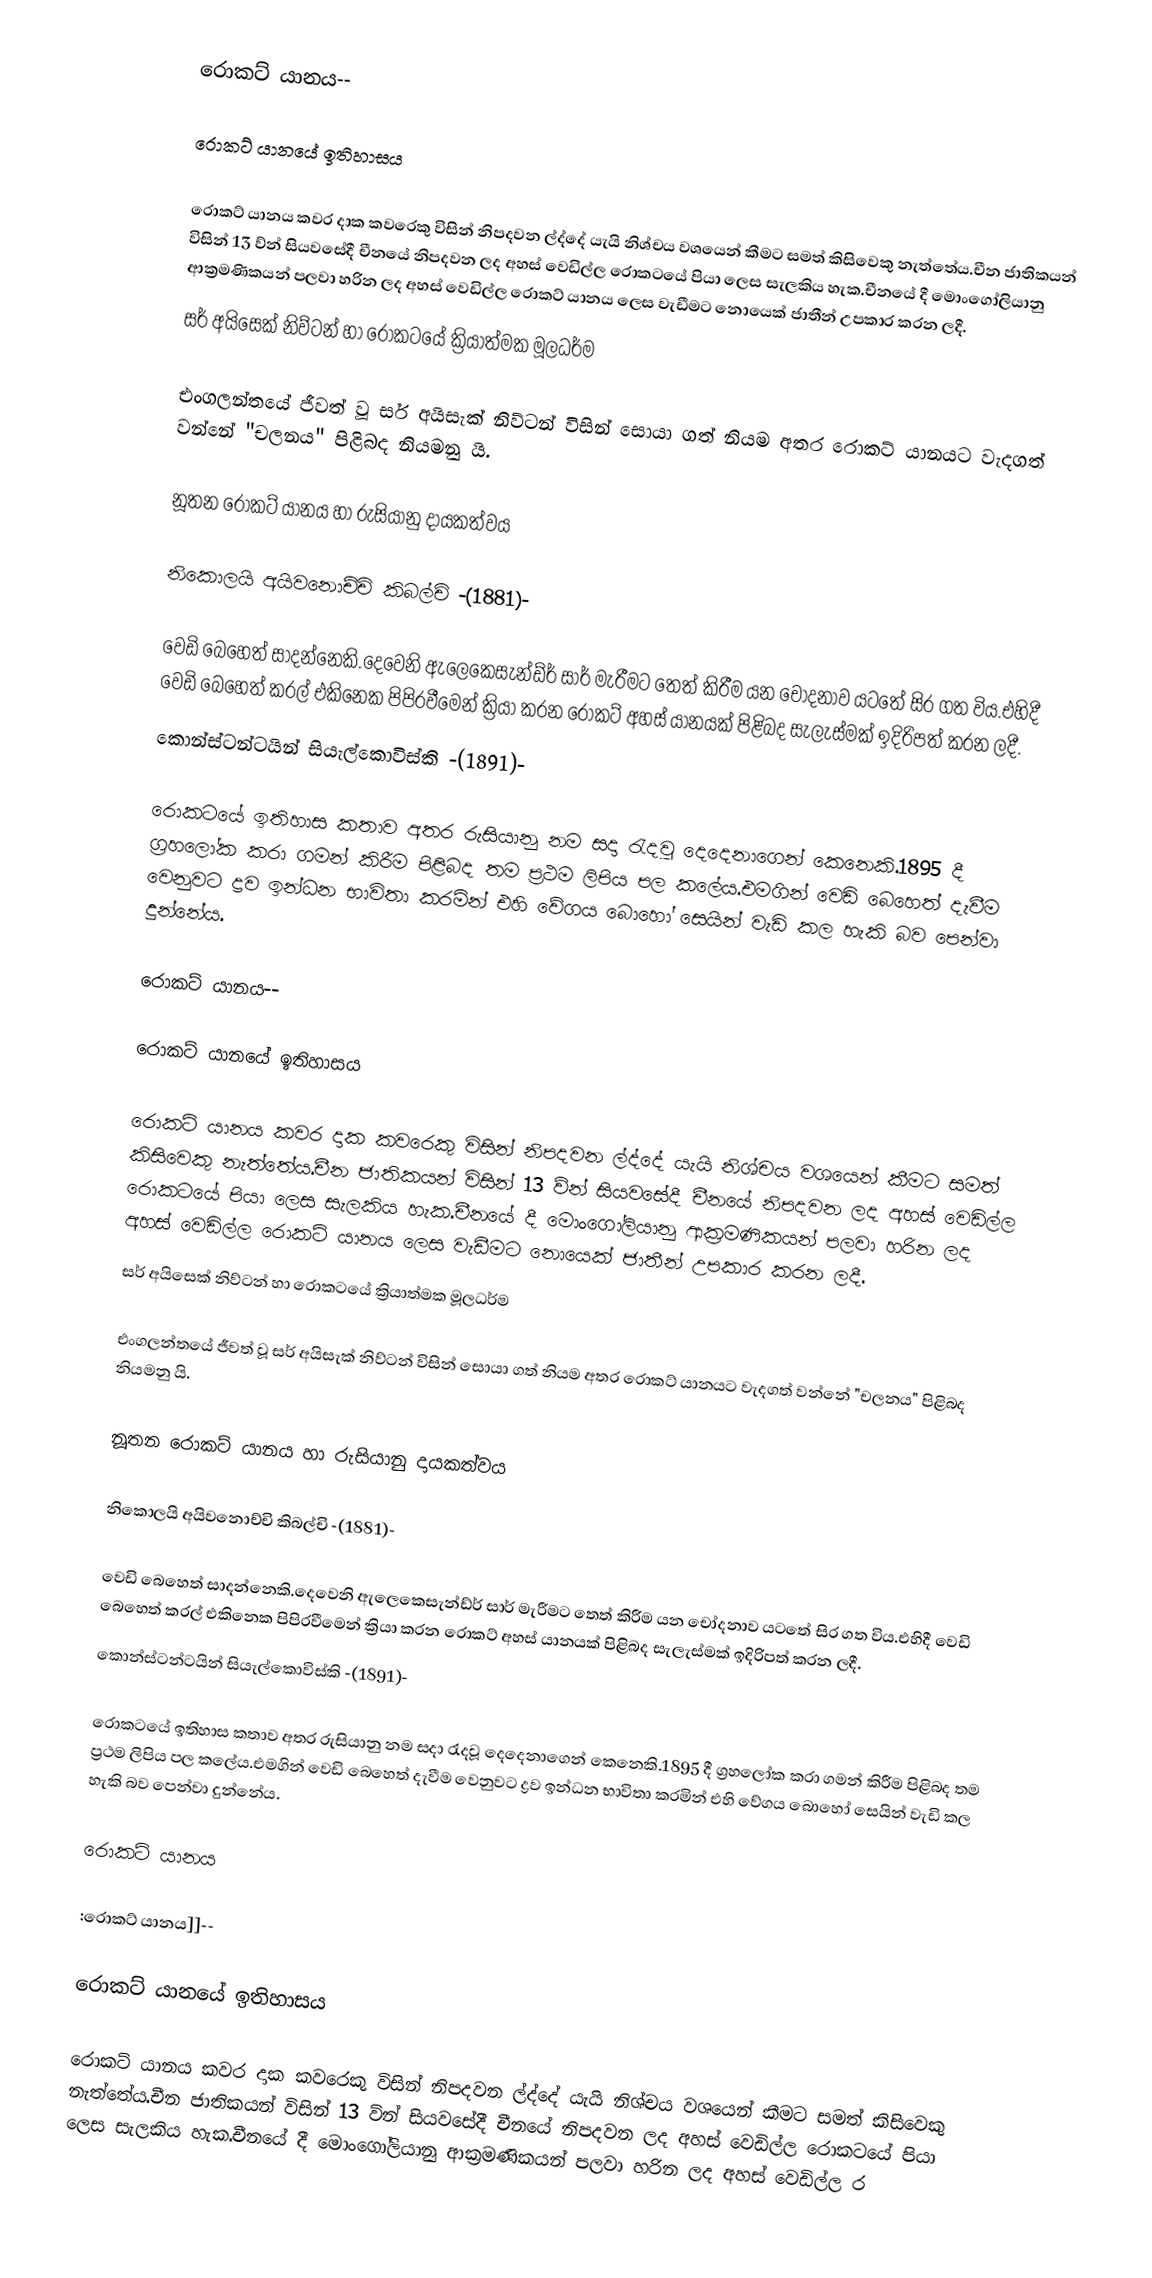
රොකට් යානය--

රොකට් යානයේ ඉතිහාසය

රොකට් යානය කවර දාක කවරෙකු විසින් නිපදවන ල්ද්දේ යැයි නිශ්චය වශයෙන් කීමට සමත් කිසිවෙකු නැත්තේය.චීන ජාතිකයන් විසින් 13 ව්න් සියවසේදී චීනයේ නිපදවන ලද අහස් වෙඩිල්ල රොකටයේ පියා ලෙස සැලකිය හැක.චීනයේ දී මොංගෝලියානු ආක්‍රමණිකයන් පලවා හරින ලද අහස් වෙඩිල්ල රොකට් යානය ලෙස වැඩීමට නොයෙක් ජාතීන් උපකාර කරන ලදී.
සර් අයිසෙක් නිව්ටන් හා රොකටයේ ක්‍රියාත්මක මූලධර්ම

එංගලන්තයේ ජීවත් වූ සර් අයිසැක් නිව්ටන් විසින් සොයා ගත් නියම අතර රොකට් යානයට වැදගත් වන්නේ "චලනය" පිළිබද නියමනු යි.

නූතන රොකට් යානය හා රුසියානු දායකත්වය

නිකොලයි අයිවනොච්චි කිබල්චි -(1881)-

වෙඩි බෙහෙත් සාදන්නෙකි.දෙවෙනි ඇලෙකෙසැන්ඩ්ර් සාර් මැරීමට තෙත් කිරීම යන චෝදනාව යටතේ සිර ගත විය.එහිදී වෙඩි බෙහෙත් කරල් එකිනෙක පිපිරවීමෙන් ක්‍රියා කරන රොකට් අහස් යානයක් පිළිබද සැලැස්මක් ඉදිරිපත් කරන ලදී.
කොන්ස්ටන්ටයින් සියැල්කොවිස්කි -(1891)-

රොකටයේ ඉතිහාස කතාව අතර රුසියානු නම සදා ‍රැදවූ දෙදෙනාගෙන් කෙනෙකි.1895 දී ග්‍රහලෝක කරා ගමන් කිරීම පිළිබද තම ප්‍රථම ලිපිය පල කලේය.එමගින් වෙඩි බෙහෙත් දැවීම වෙනුවට ද්‍රව ඉන්ධන භාවිතා කරමින් එහි වේගය බොහෝ සෙයින් වැඩි කල හැකි බව පෙන්වා දුන්නේය.

රොකට් යානය--

රොකට් යානයේ ඉතිහාසය

රොකට් යානය කවර දාක කවරෙකු විසින් නිපදවන ල්ද්දේ යැයි නිශ්චය වශයෙන් කීමට සමත් කිසිවෙකු නැත්තේය.චීන ජාතිකයන් විසින් 13 ව්න් සියවසේදී චීනයේ නිපදවන ලද අහස් වෙඩිල්ල රොකටයේ පියා ලෙස සැලකිය හැක.චීනයේ දී මොංගෝලියානු ආක්‍රමණිකයන් පලවා හරින ලද අහස් වෙඩිල්ල රොකට් යානය ලෙස වැඩීමට නොයෙක් ජාතීන් උපකාර කරන ලදී.
සර් අයිසෙක් නිව්ටන් හා රොකටයේ ක්‍රියාත්මක මූලධර්ම

එංගලන්තයේ ජීවත් වූ සර් අයිසැක් නිව්ටන් විසින් සොයා ගත් නියම අතර රොකට් යානයට වැදගත් වන්නේ "චලනය" පිළිබද නියමනු යි.

නූතන රොකට් යානය හා රුසියානු දායකත්වය

නිකොලයි අයිවනොච්චි කිබල්චි -(1881)-

වෙඩි බෙහෙත් සාදන්නෙකි.දෙවෙනි ඇලෙකෙසැන්ඩ්ර් සාර් මැරීමට තෙත් කිරීම යන චෝදනාව යටතේ සිර ගත විය.එහිදී වෙඩි බෙහෙත් කරල් එකිනෙක පිපිරවීමෙන් ක්‍රියා කරන රොකට් අහස් යානයක් පිළිබද සැලැස්මක් ඉදිරිපත් කරන ලදී.
කොන්ස්ටන්ටයින් සියැල්කොවිස්කි -(1891)-

රොකටයේ ඉතිහාස කතාව අතර රුසියානු නම සදා ‍රැදවූ දෙදෙනාගෙන් කෙනෙකි.1895 දී ග්‍රහලෝක කරා ගමන් කිරීම පිළිබද තම ප්‍රථම ලිපිය පල කලේය.එමගින් වෙඩි බෙහෙත් දැවීම වෙනුවට ද්‍රව ඉන්ධන භාවිතා කරමින් එහි වේගය බොහෝ සෙයින් වැඩි කල හැකි බව පෙන්වා දුන්නේය.

රොකට් යානය

:රොකට් යානය]]--

රොකට් යානයේ ඉතිහාසය

රොකට් යානය කවර දාක කවරෙකු විසින් නිපදවන ල්ද්දේ යැයි නිශ්චය වශයෙන් කීමට සමත් කිසිවෙකු නැත්තේය.චීන ජාතිකයන් විසින් 13 ව්න් සියවසේදී චීනයේ නිපදවන ලද අහස් වෙඩිල්ල රොකටයේ පියා ලෙස සැලකිය හැක.චීනයේ දී මොංගෝලියානු ආක්‍රමණිකයන් පලවා හරින ලද අහස් වෙඩිල්ල ර